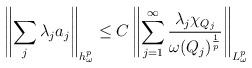
LaTeX: \begin{align*}\left \|\sum\limits_{j}\lambda_{j}a_{j}\right \|_{h_{\omega}^{p}}\leq C\left \|\sum\limits_{j=1}^{\infty}\frac{\lambda_j \chi_{Q_j}}{\omega(Q_j)^{\frac{1}{p}}}\right \|_{L_{\omega}^{p}}\end{align*}